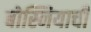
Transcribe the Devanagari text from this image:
बोस्नियाची